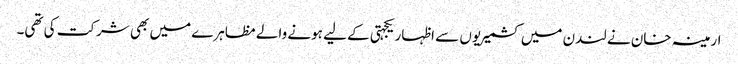
ارمینہ خان نے لندن میں کشمیریوں سے اظہار یکجہتی کے لیے ہونے والے مظاہرے میں بھی شرکت کی تھی۔